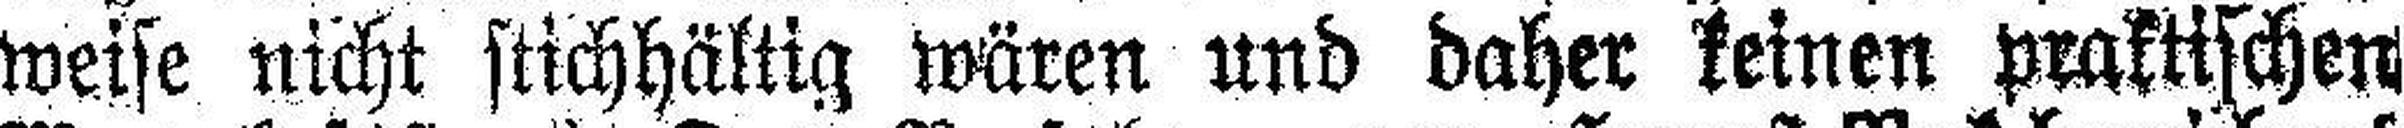
weise nicht stichhältig wären und daher keinen praktischen